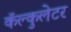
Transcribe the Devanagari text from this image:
कॅल्कुलेटर